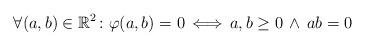
LaTeX: \begin{align*}\forall (a,b)\in\mathbb R^2\colon\varphi(a,b)=0\,\Longleftrightarrow\,a,b\geq 0\,\land\,ab=0\end{align*}